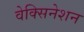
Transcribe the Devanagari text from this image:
वेक्सिनेशन